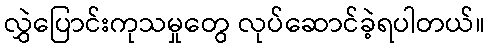
လွှဲပြောင်းကုသမှုတွေ လုပ်ဆောင်ခဲ့ရပါတယ်။